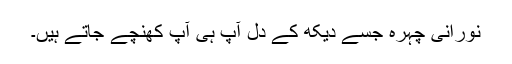
نورانی چہرہ جسے دیکھ کے دل آپ ہی آپ کھنچے جاتے ہیں۔